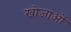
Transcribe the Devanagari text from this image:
खोजाओं